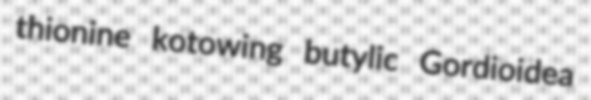
thionine kotowing butylic Gordioidea